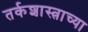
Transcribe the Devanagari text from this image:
तर्कशास्त्राच्या